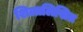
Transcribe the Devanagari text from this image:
शिलालिखित